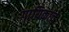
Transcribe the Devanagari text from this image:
गायिकांचे